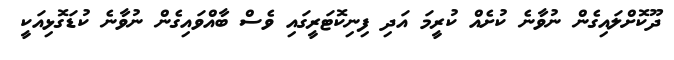
ދޫކޮށްލައިގެން ނުވާނެ ކުށެއް ކުރީމަ އަދި ފިނިކޮޓަރީގައި ވެސް ބާއްވައިގެން ނުވާނެ ކުޑަގޮޅިއަކީ